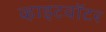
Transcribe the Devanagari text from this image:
व्हाइटवॉटर